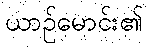
ယာဉ်မောင်း၏